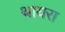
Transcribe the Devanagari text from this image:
थायरा